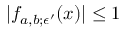
| f _ { a , b ; \epsilon ^ { \prime } } ( x ) | \le 1